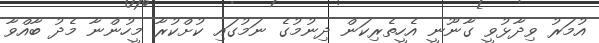
އުމަރު ވިދާޅުވީ ގާނޫނީ އެހީތެރިކަން ދިނުމުގެ ނަމުގައި ކުށްކުރާ މީހުންނާ މެދު ބާއްވާ